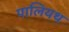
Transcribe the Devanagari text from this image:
पालियथ